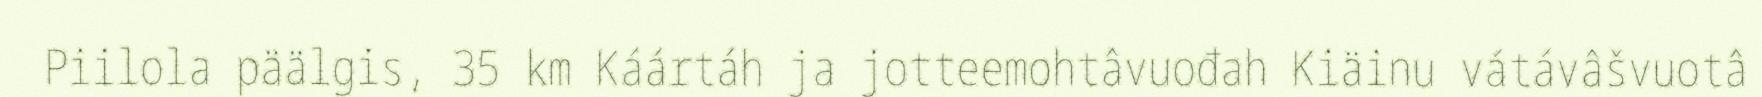
Piilola päälgis, 35 km Káártáh ja jotteemohtâvuođah Kiäinu vátávâšvuotâ